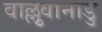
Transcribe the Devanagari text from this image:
वाल्लुवानाडु